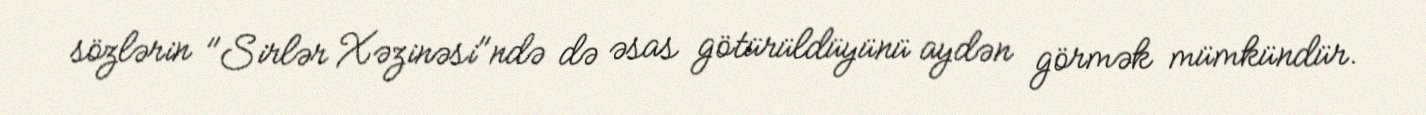
sözlərin "Sirlər Xəzinəsi"ndə də əsas götürüldüyünü aydən görmək mümkündür.